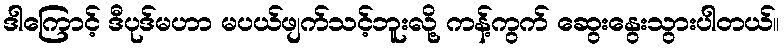
ဒါကြောင့် ဒီပုဒ်မဟာ မပယ်ဖျက်သင့်ဘူးလို့ ကန့်ကွက် ဆွေးနွေးသွားပါတယ်။